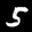
Label: 5